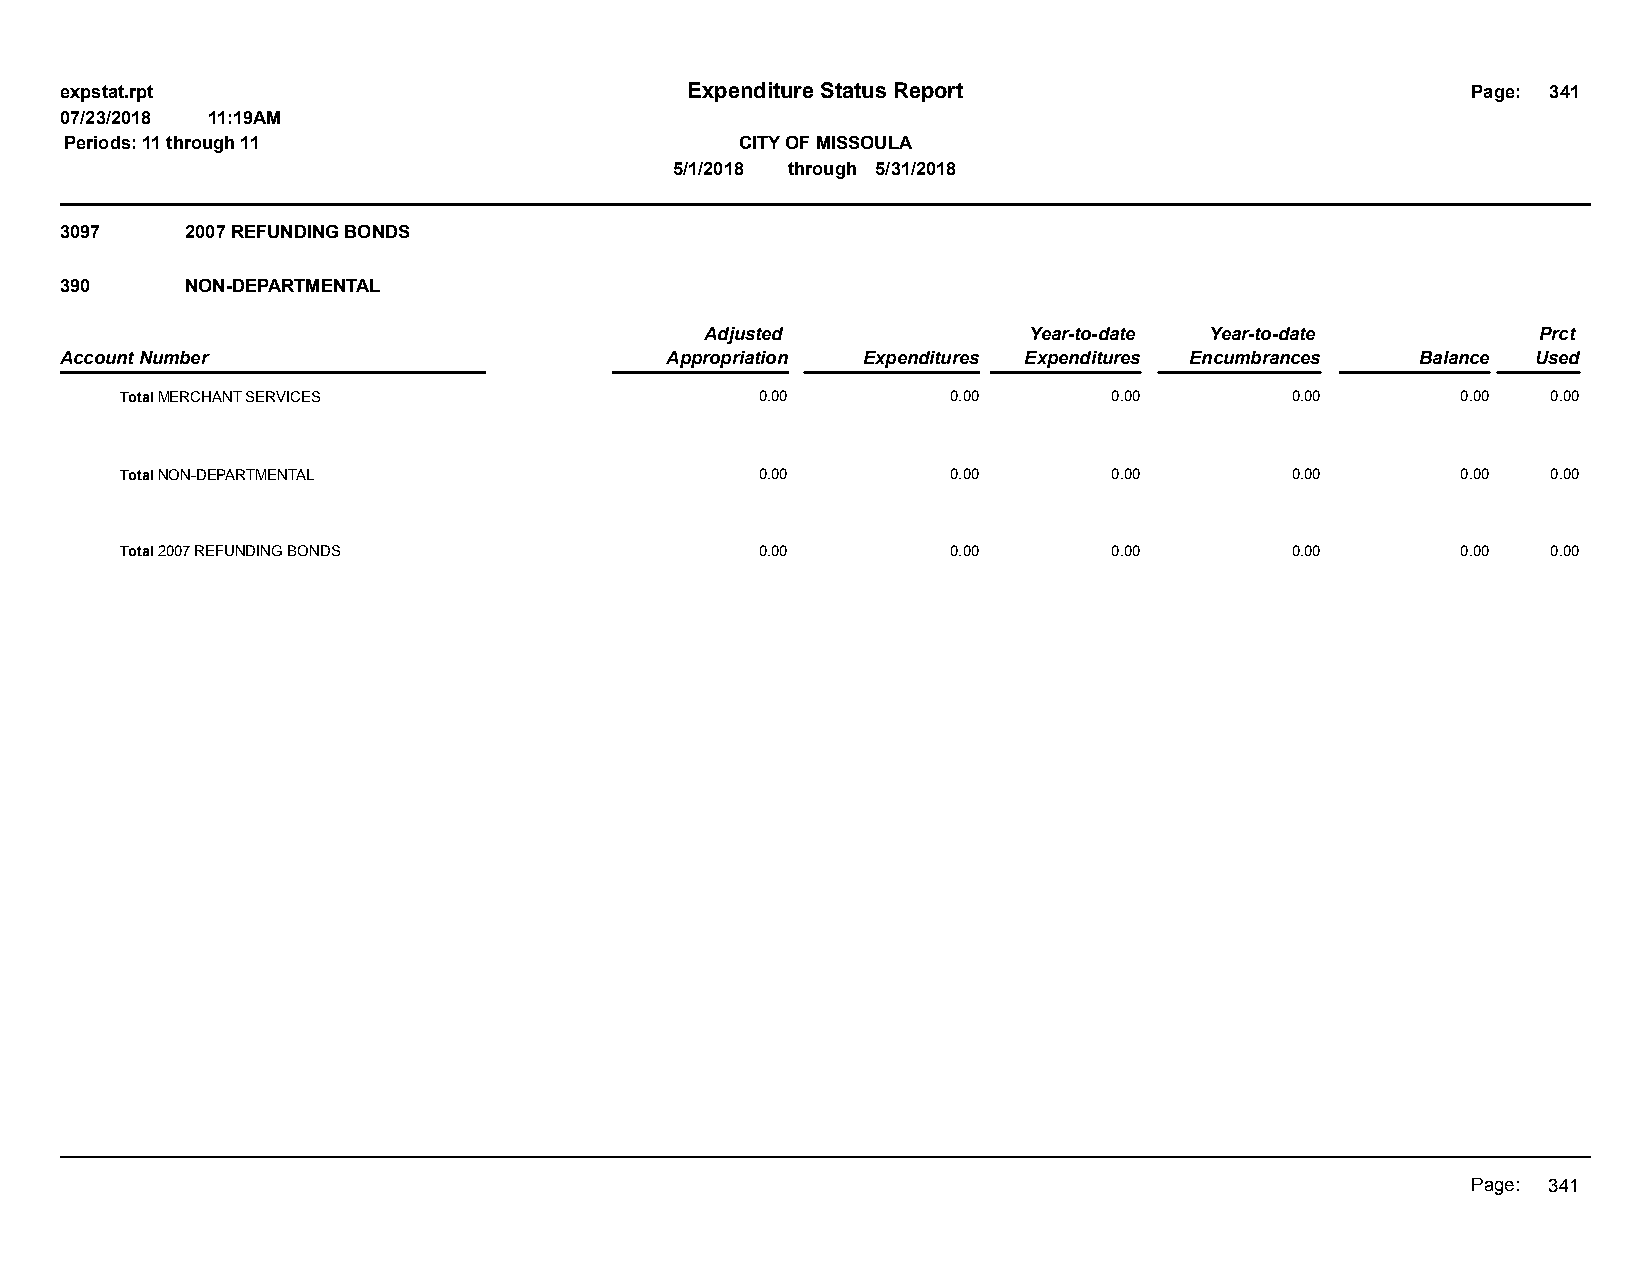
expstat.rpt                              Expenditure Status Report                           Page: 341
 07/23/2018 11:19AM
 Periods: 11 through 11                       CITY OF MISSOULA
 5/1/2018 through 5/31/2018
 3097    2007 REFUNDING BONDS
 390     NON-DEPARTMENTAL
 Adjusted             Year-to-date Year-to-date         Prct
 Account Number                          Appropriation Expenditures Expenditures Encumbrances Balance Used
 Total MERCHANT SERVICES                   0.00         0.00       0.00       0.00        0.00  0.00
 Total NON-DEPARTMENTAL                    0.00         0.00       0.00       0.00        0.00  0.00
 Total 2007 REFUNDING BONDS                0.00         0.00       0.00       0.00        0.00  0.00
 Page: 341